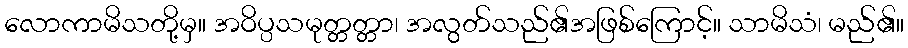
လောကာမိသတို့မှ။ အဝိပ္ပသမုတ္တတ္တာ၊ အလွတ်သည်၏အဖြစ်ကြောင့်။ သာမိသံ၊ မည်၏။